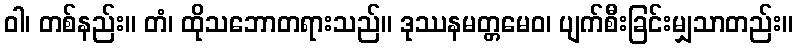
ဝါ၊ တစ်နည်း။ တံ၊ ထိုသဘောတရားသည်။ ဒုဿနမတ္တမေဝ၊ ပျက်စီးခြင်းမျှသာတည်း။